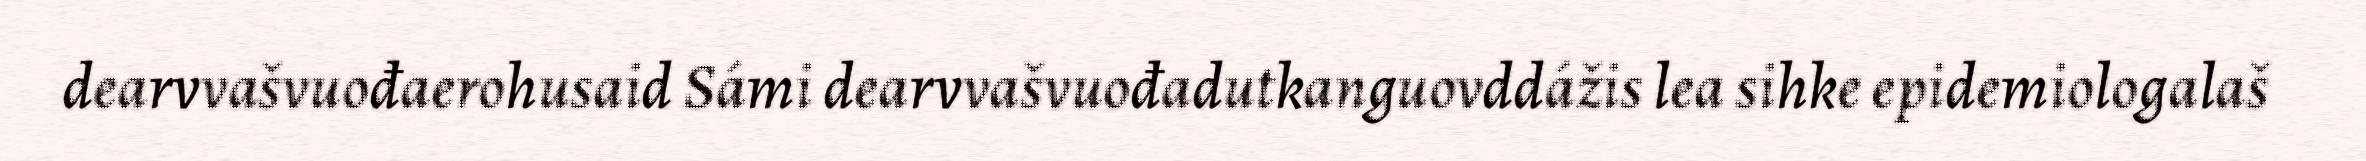
dearvvašvuođaerohusaid Sámi dearvvašvuođadutkanguovddážis lea sihke epidemiologalaš